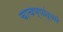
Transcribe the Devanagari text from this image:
चाचण्यांद्वारे